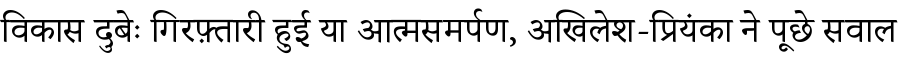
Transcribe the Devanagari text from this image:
विकास दुबेः गिरफ़्तारी हुई या आत्मसमर्पण, अखिलेश-प्रियंका ने पूछे सवाल